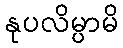
နုပလိမ္ပာမိ